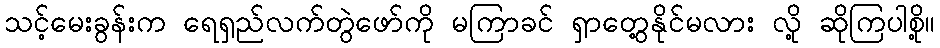
သင့်မေးခွန်းက ရေရှည်လက်တွဲဖော်ကို မကြာခင် ရှာတွေ့နိုင်မလား လို့ ဆိုကြပါစို့။